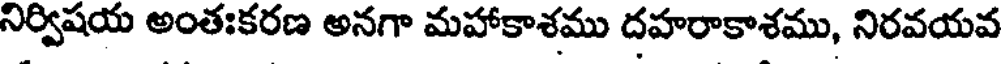
నిర్విషయ అంతఃకరణ అనగా మహాకాశము దహరాకాశము, నిరవయవ